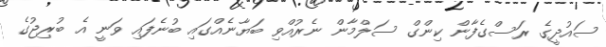
ސައުދީގެ ރަސްގެފާން ކިންގް ސަލްމާން ނެރުއްވި ބަޔާނެއްގައި ބުނެފައި ވަނީ އެ ބުރިޖުގެ